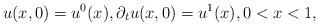
LaTeX: \begin{align*}u(x,0) = u^0(x), \partial_t u(x,0) = u^1(x), 0 < x < 1,\end{align*}